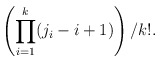
\begin{align*}\left(\prod_{i=1}^{k} (j_i-i+1)\right)/k!.\end{align*}